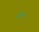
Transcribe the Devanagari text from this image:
नरमदा